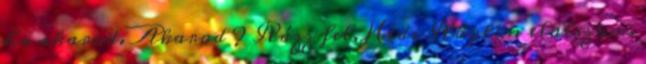
ha akarod. Akarod ? Rázz fel, Hédi Rögtön elalszom.